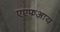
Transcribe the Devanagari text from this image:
एएफआय